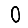
Digit: 0